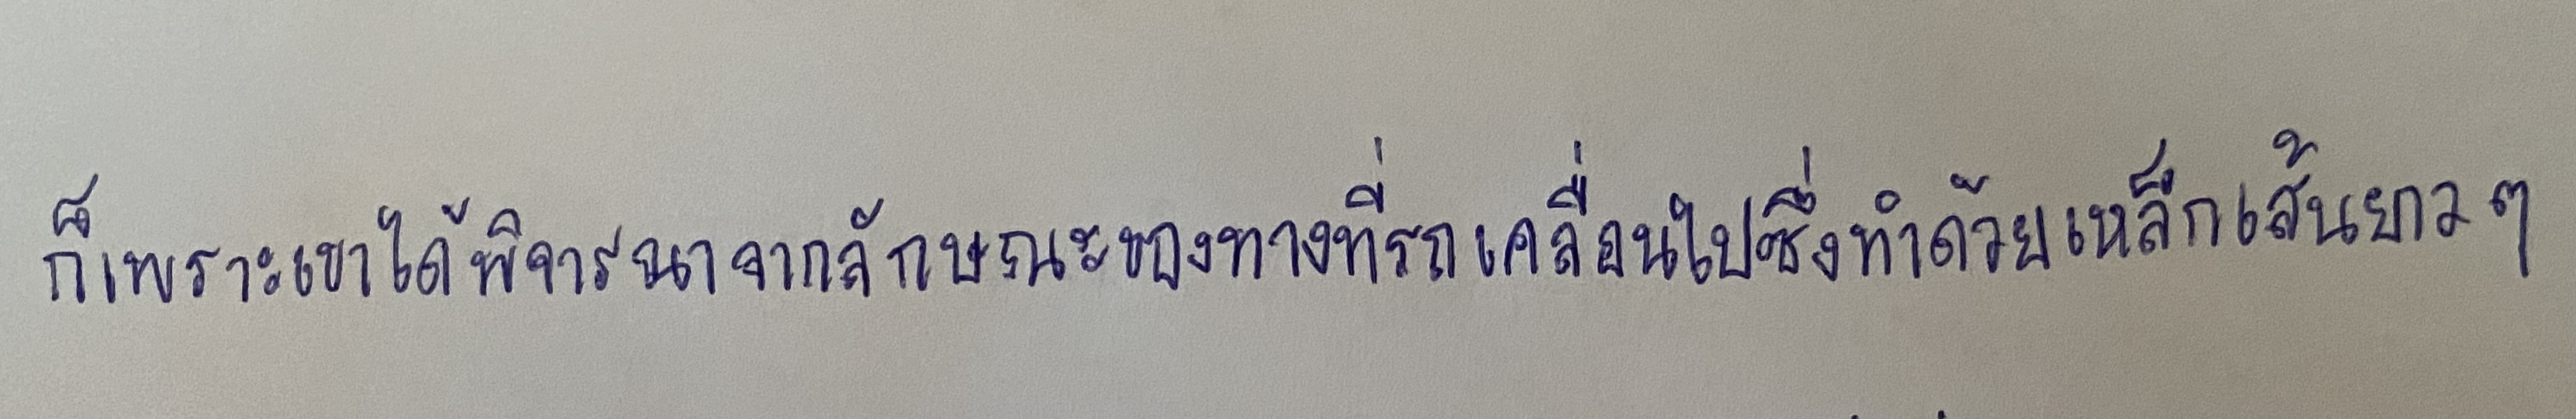
ก็เพราะเขาได้พิจารณาจากลักษณะของทางที่รถเคลื่อนไปซึ่งทำด้วยเหล็กเส้นยาวๆ